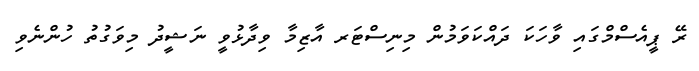
ރޭ ޕީއެސްމްގައި ވާހަކަ ދައްކަވަމުން މިނިސްޓަރ އާޒިމާ ވިދާޅުވީ ނަޝީދު މިވަގުތު ހުންނެވި